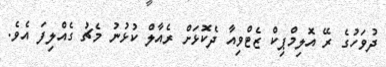
ދުވަހުގެ ރޭ އޮލިމްޕިކް ޒެޓްވިއާ ދެކޮޅަށް ރެއާލް ކުޅުނު މެޗު ގެއްލިފަ އެވެ.